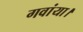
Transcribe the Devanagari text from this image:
गवांया।